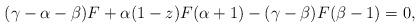
LaTeX: \begin{align*}(\gamma-\alpha-\beta)F+\alpha(1-z)F(\alpha+1)-(\gamma-\beta)F(\beta-1)=0,\end{align*}